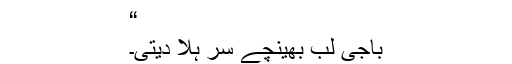
“
باجی لب بھینچے سر ہلا دیتی۔